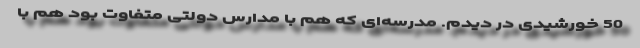
50 خورشیدی در دیدم. مدرسه‌ای که هم با مدارس دولتی متفاوت بود هم با